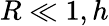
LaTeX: R\ll 1,h